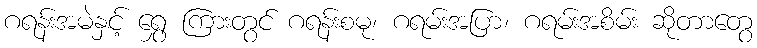
ဂရန်းအမဲနှင့် ရွှေ ကြားတွင် ဂရန်းစမု၊ ဂရမ်းအပြာ၊ ဂရမ်းအစိမ်း ဆိုတာတွေ